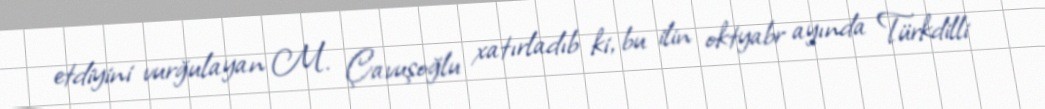
etdiyini vurğulayan M. Çavuşoğlu xatırladıb ki, bu ilin oktyabr ayında Türkdilli